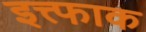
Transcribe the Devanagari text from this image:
इत्त्फाक